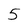
Character: 5